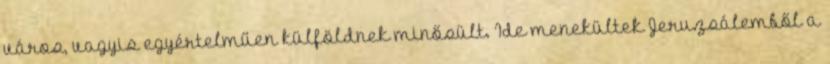
város, vagyis egyértelműen külföldnek minősült. Ide menekültek Jeruzsálemből a